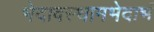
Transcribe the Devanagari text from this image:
भेदावस्थामभेदाभं